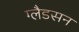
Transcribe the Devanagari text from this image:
ग्लैडसन